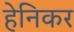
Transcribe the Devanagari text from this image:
हेनिकर